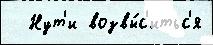
  Нут'и возвы́с'итьс'я